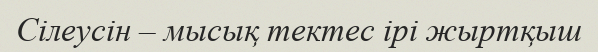
Сілеусін – мысық тектес ірі жыртқыш